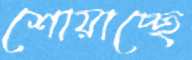
শোয়াচ্ছে